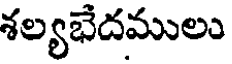
శల్యభేదములు